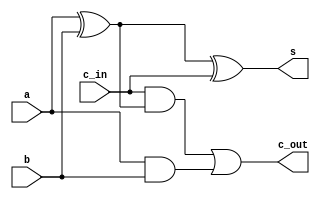
module full_adder (
    a,
    b,
    c_in,
    s,
    c_out
);
  input a;
  input b;
  input c_in;
  output s;
  output c_out;

  assign a_xor_b = a ^ b;
  assign s = a_xor_b ^ c_in;
  assign c_out = (c_in & a_xor_b) | (a & b);
endmodule

module add_8bit (
    a,
    b,
    c_in,
    s,
    c_out
);
  input [7:0] a;
  input [7:0] b;
  input c_in;
  output [7:0] s;
  output c_out;

  wire [6:0] c;

  full_adder fa0 (
      .a(a[0]),
      .b(b[0]),
      .c_in(c_in),
      .s(s[0]),
      .c_out(c[0])
  );

  full_adder fa1 (
      .a(a[1]),
      .b(b[1]),
      .c_in(c[0]),
      .s(s[1]),
      .c_out(c[1])
  );

  full_adder fa2 (
      .a(a[2]),
      .b(b[2]),
      .c_in(c[1]),
      .s(s[2]),
      .c_out(c[2])
  );

  full_adder fa3 (
      .a(a[3]),
      .b(b[3]),
      .c_in(c[2]),
      .s(s[3]),
      .c_out(c[3])
  );

  full_adder fa4 (
      .a(a[4]),
      .b(b[4]),
      .c_in(c[3]),
      .s(s[4]),
      .c_out(c[4])
  );

  full_adder fa5 (
      .a(a[5]),
      .b(b[5]),
      .c_in(c[4]),
      .s(s[5]),
      .c_out(c[5])
  );

  full_adder fa6 (
      .a(a[6]),
      .b(b[6]),
      .c_in(c[5]),
      .s(s[6]),
      .c_out(c[6])
  );

  full_adder fa7 (
      .a(a[7]),
      .b(b[7]),
      .c_in(c[6]),
      .s(s[7]),
      .c_out(c_out)
  );

endmodule

module subtract_8bit (a, b, b_in, d, b_out);
  input [7:0] a;
  input [7:0] b;
  input b_in;
  output [7:0] d;
  output b_out;
  wire [7:0] twos_comp;
  wire c_out;

  add_8bit rca0(.a(~b), .b(8'b00000001), .c_in(1'b0), .s(twos_comp), .c_out(c_out));
  add_8bit rca1(.a(a), .b(twos_comp), .c_in(b_in), .s(d), .c_out(b_out));
endmodule